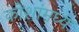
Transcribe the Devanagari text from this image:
कोशांमध्ये